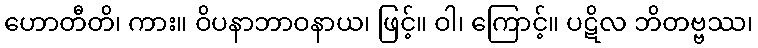
ဟောတီတိ၊ ကား။ ဝိပနာဘာဝနာယ၊ ဖြင့်။ ဝါ၊ ကြောင့်။ ပဋိလ ဘိတဗ္ဗဿ၊